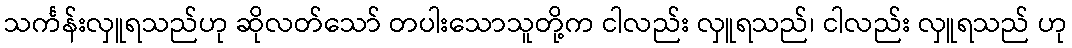
သင်္ကန်းလှူရသည်ဟု ဆိုလတ်သော် တပါးသောသူတို့က ငါလည်း လှူရသည်၊ ငါလည်း လှူရသည် ဟု